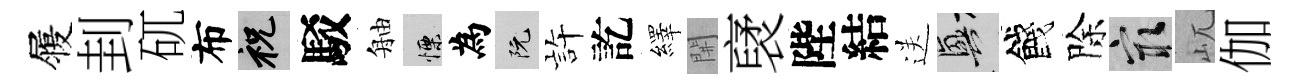
履刲矹布祝駁舳慄為阮静訖繹𨳩裦陛結送興餞除冣屼伽